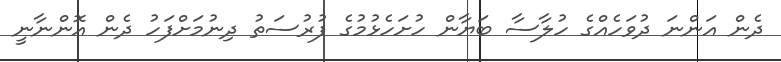
ދެން އަންނަ ދުވަހެއްގެ ހުލާސާ ބަޔާން ހުށަހެޅުމުގެ ފުރުސަތު ދިނުމަށްފަހު ދެން އޮންނާނީ